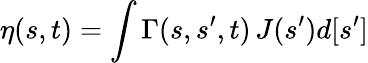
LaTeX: \eta(s,t)=\int\Gamma(s,s^{\prime},t)\, J(s^{\prime})d[s^{\prime}]